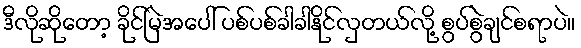
ဒီလိုဆိုတော့ ခိုင်မြဲအပေါ် ပစ်ပစ်ခါခါနိုင်လှတယ်လို့ စွပ်စွဲချင်စရာပဲ။